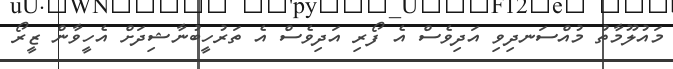
މައުލޫމާތު މުއްސަނދިވި އަދިވެސް އެ ފޯރި އަދިވެސް އެ ތަރުހީބުނާޝިދަށް އެހީވާން ޒީރޯ